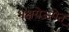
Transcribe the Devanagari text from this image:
भक्षयेज्ज्पेत्